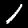
Label: 1